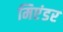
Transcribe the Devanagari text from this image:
मिएंडर